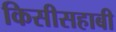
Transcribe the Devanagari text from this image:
किसीसहाबी